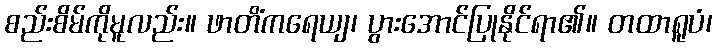
စည်းစိမ်ကိုမူလည်း။ ဖာတိံကရေယျ၊ ပွားအောင်ပြုနိုင်ရာ၏။ တထာရူပံ၊